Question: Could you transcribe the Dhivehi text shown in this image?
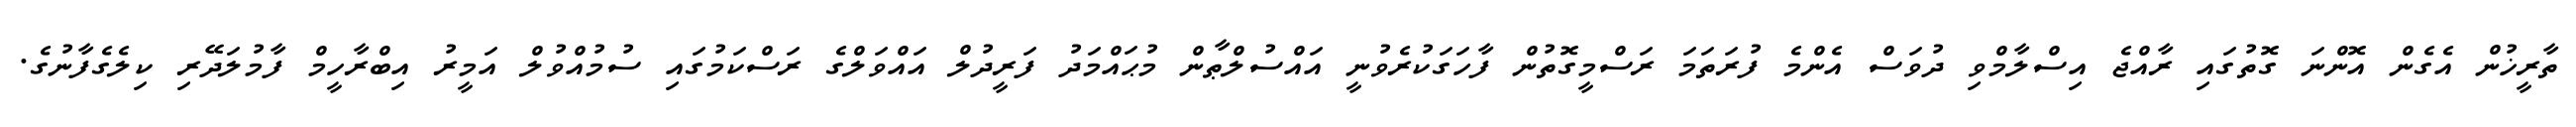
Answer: ތާރީޚުން އެގެން އޮންނަ ގޮތުގައި ރާއްޖެ އިސްލާމްވި ދުވަސް އެންމެ ފުރަތަމަ ރަސްމީގޮތުން ފާހަގަކުރެވުނީ އައްސުލްޠާން މުޙައްމަދު ފަރީދުލް އައްވަލްގެ ރަސްކަމުގައި ސުމުއްވުލް އަމީރު އިބްރާހީމް ފާމުލަދޭރި ކިލެގެފާނުގެ.